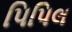
પિપિલ